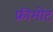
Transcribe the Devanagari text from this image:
फ्रीमोंट